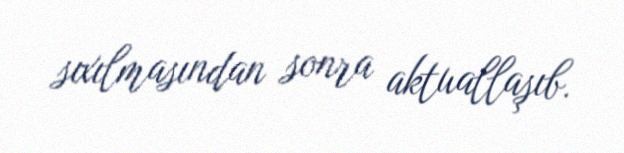
sıxılmasından sonra aktuallaşıb.